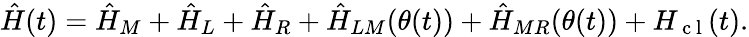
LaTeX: \hat{H}(t)=\hat{H}_{M}+\hat{H}_{L}+\hat{H}_{R}+\hat{H}_{LM}(\theta(t))+\hat{H}_{MR}(\theta(t))+H_{\mathrm{~c~l~}}(t).